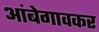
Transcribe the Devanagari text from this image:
आंबेगावकर